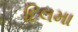
દિલમા